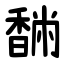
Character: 䭱